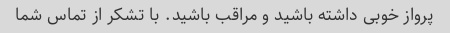
پرواز خوبی داشته باشید و مراقب باشید. با تشکر از تماس شما